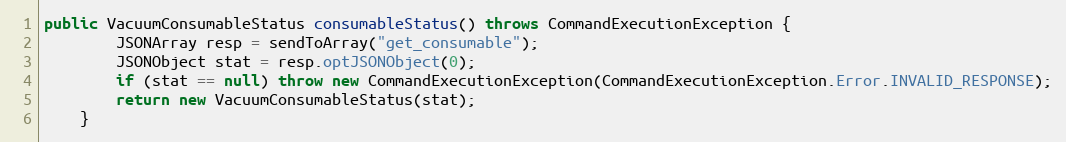
Language: Java
public VacuumConsumableStatus consumableStatus() throws CommandExecutionException {
        JSONArray resp = sendToArray("get_consumable");
        JSONObject stat = resp.optJSONObject(0);
        if (stat == null) throw new CommandExecutionException(CommandExecutionException.Error.INVALID_RESPONSE);
        return new VacuumConsumableStatus(stat);
    }